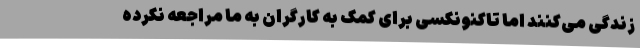
زندگی می‌کنند اما تاکنونکسی برای کمک به کارگران به ما مراجعه نکرده